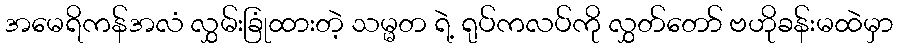
အမေရိကန်အလံ လွှမ်းခြုံထားတဲ့ သမ္မတ ရဲ့ ရုပ်ကလပ်ကို လွှတ်တော် ဗဟိုခန်းမထဲမှာ